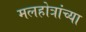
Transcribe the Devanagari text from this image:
मलहोत्रांच्या